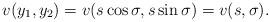
LaTeX: \begin{align*} v(y_1, y_2) = v(s \cos \sigma, s \sin \sigma) = v(s, \sigma). \end{align*}